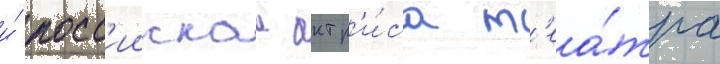
и́ росс'иискаа актр'и́са т'еа́тра